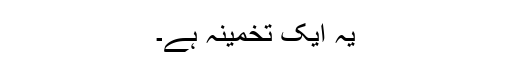
یہ ایک تخمینہ ہے۔